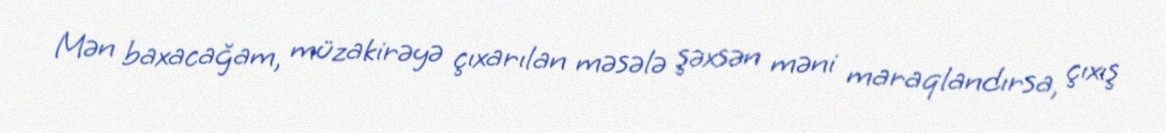
Mən baxacağam, müzakirəyə çıxarılan məsələ şəxsən məni maraqlandırsa, çıxış